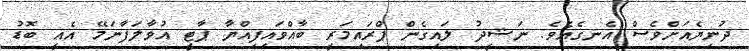
ދުނިޔެއަށްވެސް އެނގެއެވެ. ނަޝީދު ލައިގެން ޕްރައިމަރީ ބާއްވައިފިއްޔާ ޕާޓީ އުވާލަފާނަމޭ އެއީ ބޮޑު